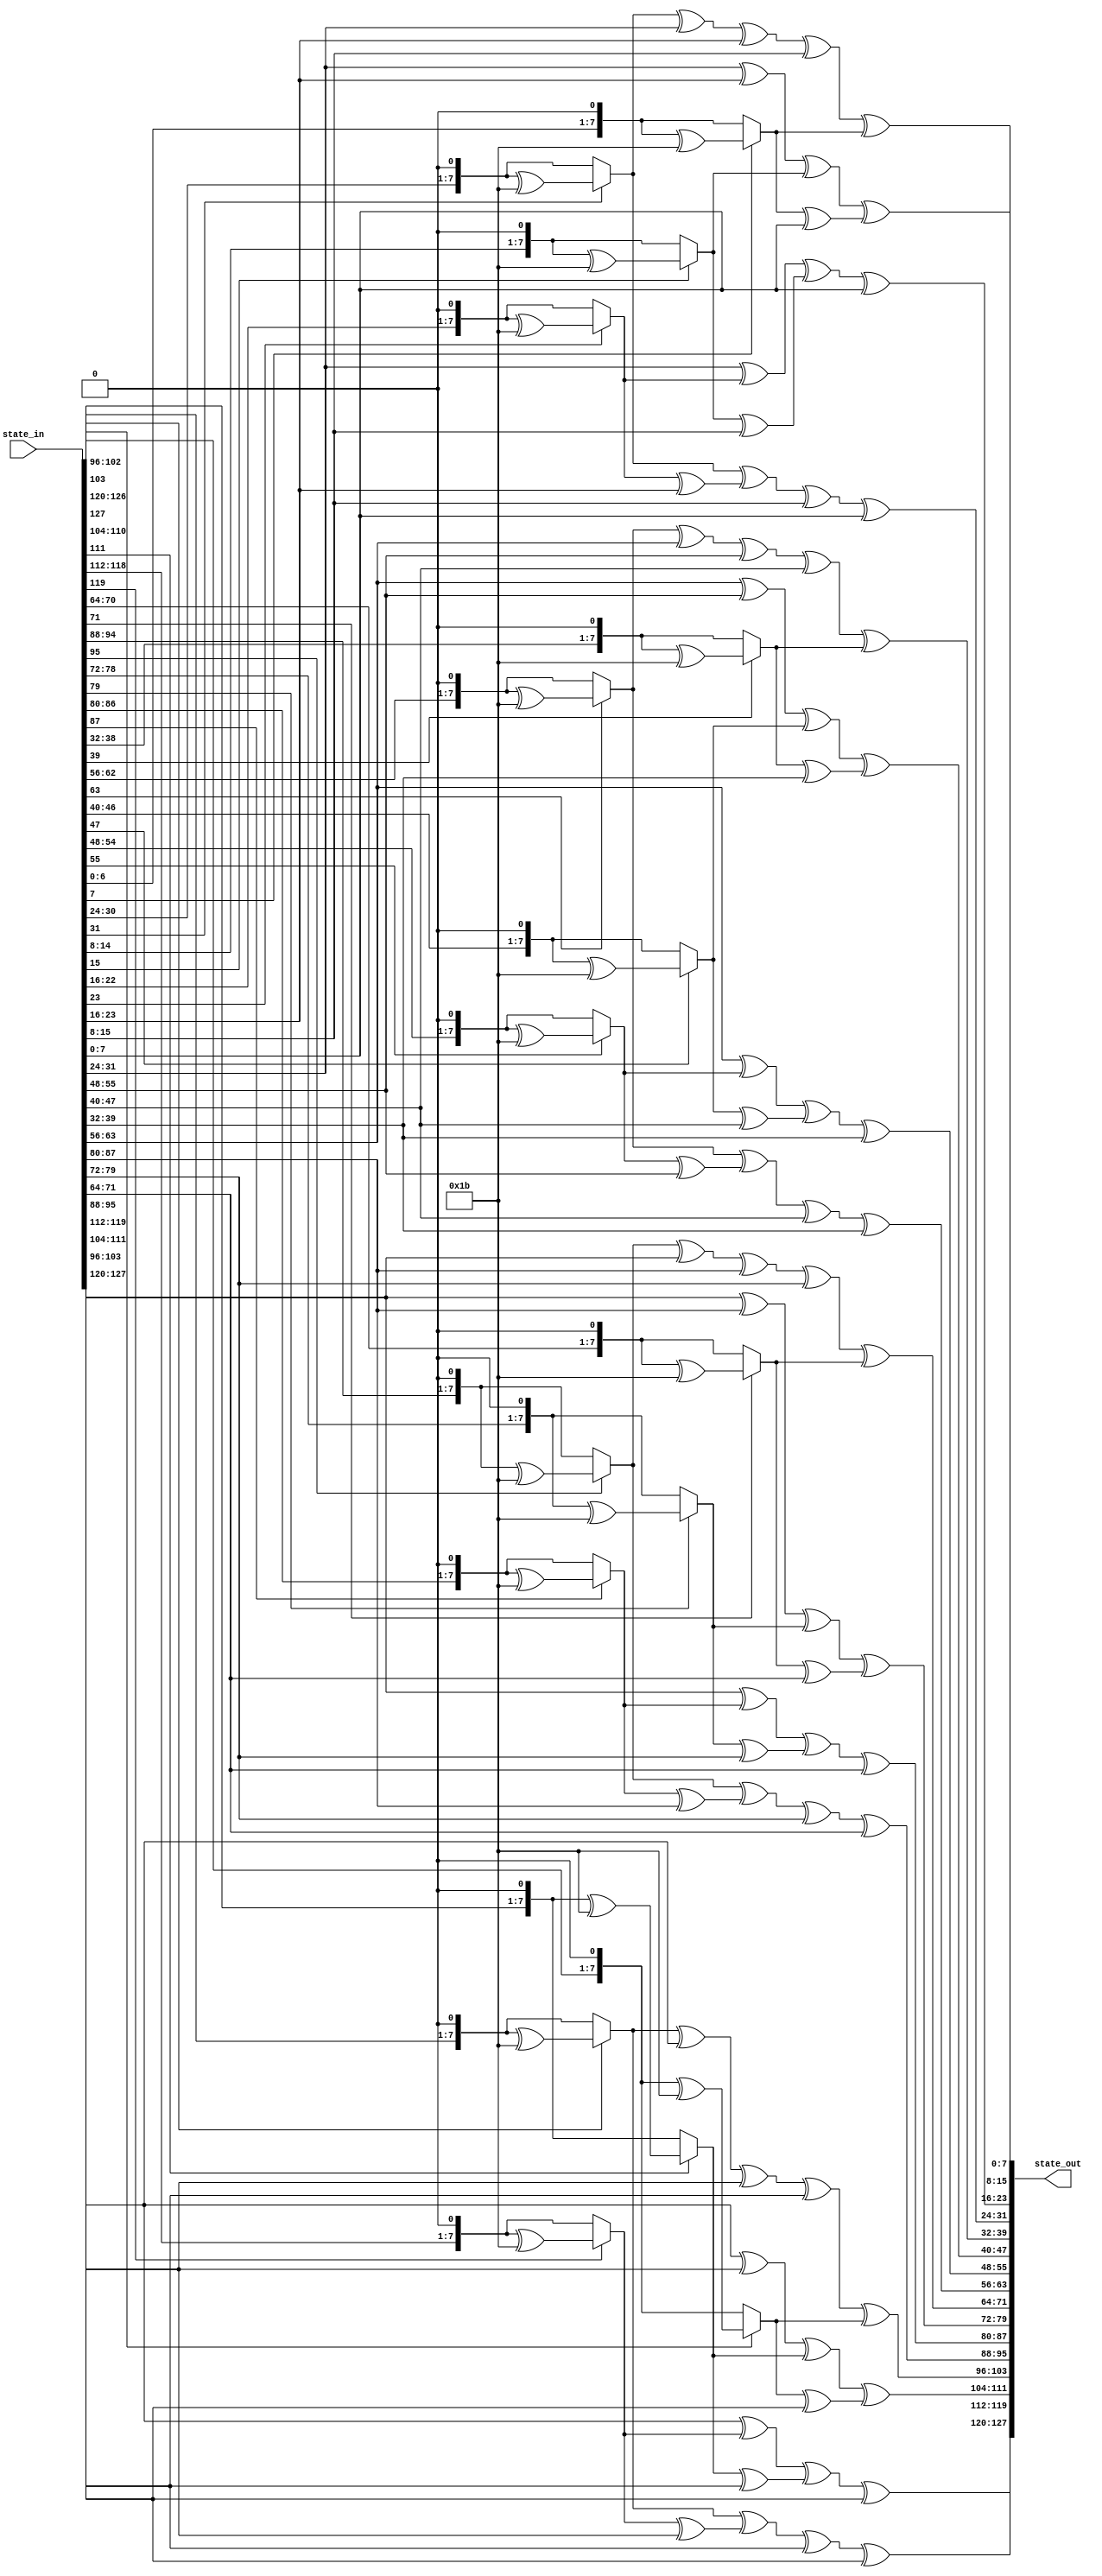
`timescale 1ns / 1ps
//////////////////////////////////////////////////////////////////////////////////
// Description: 
// -                 -     -            -
// |b_0 b_4 b_8 b_12  |    | 03 02 01 01 |
// |b_1 b_5 b_9 b_13  |    | 01 02 03 01 |
// |b_2 b_6 b_10 b_14 | *  | 01 01 02 03 | = 4*4 matrix
// |b_3 b_7 b_11 b_15 |    | 03 01 01 02 |
// -                 -      -           -
  
// each element in the above 2 matrices are polynomial in 
//  finite field of 8 degree ( GF(2^8) ) with  bin coeffs (0or1)

// 03 = x + 1 and 02 = x

//irreducible polynomail in AES is X^8+X^4+X^3+X+1 = {01}{1b} in hex notation
// it use to maintain a result that fits in 8 bits

//For more illustration see this video:
//https://www.youtube.com/watch?v=dRYHSf5A4lw  
  
  //////////////////////////////////////////////////////////////////////////////////



module mixColumns(state_in,state_out);

input [127:0] state_in;
output[127:0] state_out;


function [7:0] mb2; //multiply by 2
	input [7:0] x;
	begin 
			/* multiplication by 2 is shifting on bit to the left, and if the original 8 bits had a 1 @ MSB,
			xor the result with {1b} (irreducible polynomail in AES) because if the MSB in the ip is 1 that means that 
			the multiplication result by 2 won't fit in 8 bit and we must use the irreducible polynomail.*/
			
			if(x[7] == 1) mb2 = ((x << 1) ^ 8'h1b);
			else mb2 = x << 1; 
	end 	
endfunction


/* 
	multiplication by 3 is done by:
		multiplication by {02} xor(the original x)
		so that 2+1=3. where xor is the addition of elements in finite fields
*/
function [7:0] mb3; //multiply by 3
	input [7:0] x;
	begin 
			
			mb3 = mb2(x) ^ x;
	end 
endfunction




genvar i;

generate 
for(i=0;i< 4;i=i+1) begin : m_col

	assign state_out[(i*32 + 24)+:8]= mb2(state_in[(i*32 + 24)+:8]) ^ mb3(state_in[(i*32 + 16)+:8]) ^ state_in[(i*32 + 8)+:8] ^ state_in[i*32+:8];
	assign state_out[(i*32 + 16)+:8]= state_in[(i*32 + 24)+:8] ^ mb2(state_in[(i*32 + 16)+:8]) ^ mb3(state_in[(i*32 + 8)+:8]) ^ state_in[i*32+:8];
	assign state_out[(i*32 + 8)+:8]= state_in[(i*32 + 24)+:8] ^ state_in[(i*32 + 16)+:8] ^ mb2(state_in[(i*32 + 8)+:8]) ^ mb3(state_in[i*32+:8]);
   assign state_out[i*32+:8]= mb3(state_in[(i*32 + 24)+:8]) ^ state_in[(i*32 + 16)+:8] ^ state_in[(i*32 + 8)+:8] ^ mb2(state_in[i*32+:8]);

end

endgenerate

endmodule